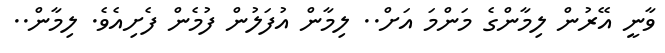
ވާނީ އޭރުން ލިމާންގެ މަންމަ އަށް.. ލިމާން އުފަލުން ފުމެން ފެށިއެވެ. ލިމާން..